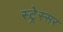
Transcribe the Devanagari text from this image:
स्ट्रेस्सर